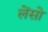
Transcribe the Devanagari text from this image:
लेंसो